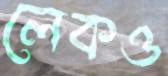
লেকও